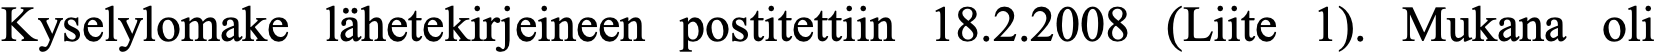
Kyselylomake lähetekirjeineen postitettiin 18.2.2008 (Liite 1). Mukana oli